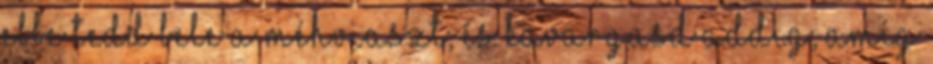
Ebbe tedd bele a méhviaszt, és kavargasd addig, amíg